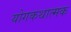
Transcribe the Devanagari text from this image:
योगकथात्मक